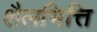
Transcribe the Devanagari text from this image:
शैलभित्ति